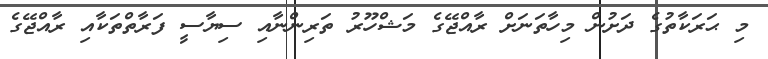
މި ޙަރަކާތުގެ ދަށުން މިހާތަނަށް ރާއްޖޭގެ މަޝްހޫރު ތަރިންނާއި ސިޔާސީ ފަރާތްތަކާއި ރާއްޖޭގެ